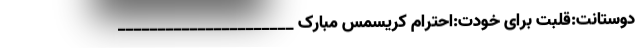
دوستانت:قلبت برای خودت:احترام کریسمس مبارک ______________________